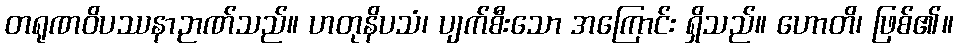
တရုဏဝိပဿနာဉာဏ်သည်။ ဟတုနိပသံ၊ ပျက်စီးသော အကြောင်း ရှိသည်။ ဟောတိ၊ ဖြစ်၏။